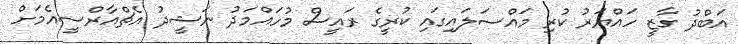
އަބްދު ގާޒީ ހައްޔަރު ކުރި މައްސަލައިގައި ކުރީގެ ރައީސް މުހައްމަދު ނަޝީދު އެޗްއާރްސީއެމަށް